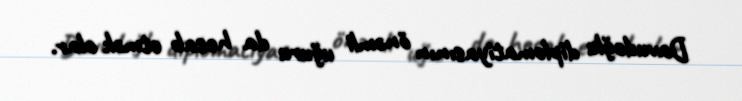
Davudoğlu diplomatiyasının önəmli uğuru da hesab etmək olar.